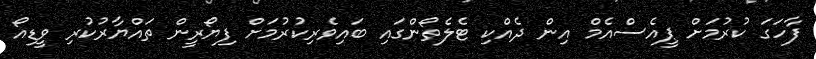
ފާހަގަ ކުރުމަށް ޕީއެސްއެމް އިން ދެއްކި ޓެލެތޯންގައި ބައިވެރިކުރުމަށް ފިޔޯރީން ތައްޔާރުކުރި ވީޑިއޯ